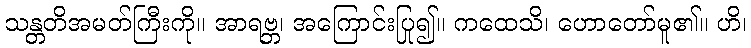
သန္တတိအမတ်ကြီးကို။ အာရဗ္ဘ၊ အကြောင်းပြု၍။ ကထေသိ၊ ဟောတော်မူ၏။ ဟိ၊